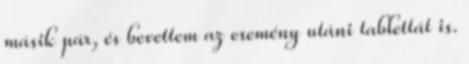
másik pár, és bevettem az esemény utáni tablettát is.